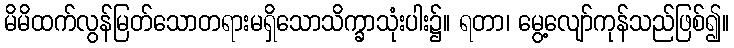
မိမိထက်လွန်မြတ်သောတရားမရှိသောသိက္ခာသုံးပါး၌။ ရတာ၊ မွေ့လျော်ကုန်သည်ဖြစ်၍။